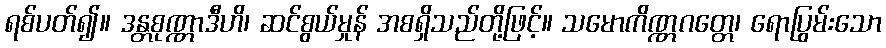
ရစ်ပတ်၍။ ဒန္တစုဏ္ဏာဒီဟိ၊ ဆင်စွယ်မှုန် အစရှိသည်တို့ဖြင့်။ သမောကိဏ္ဏဂတ္တေ၊ ရောပြွမ်းသော